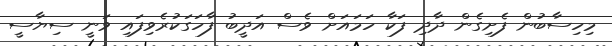
މިހިސާބުން ފެށިގެން ދާދި ފަކާ ހަމައަށް ވެސް އަދީބު ފާހަގަކުރެވިފައި ވަނީ ސިޔާސީ